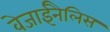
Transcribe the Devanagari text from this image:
वेजाईनैलिस